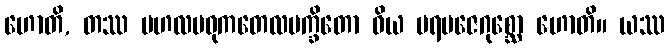
ဟောတိ, တဿ ဗဟလမဓုကတေလမက္ခိတော ဝိယ ပရမဇေဂုစ္ဆော ဟောတိ။ ယဿ